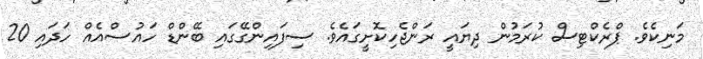
މަނިކެވެ. ޕްރެކްޓިސް ކުރަމުން ދިޔައީ ރަންޖެހިކޮށީގައެވެ. ސިފައިންގޭގައި ބޭންޑް ހައުސްއެއް ހަދައި 20